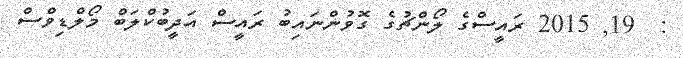
:  19